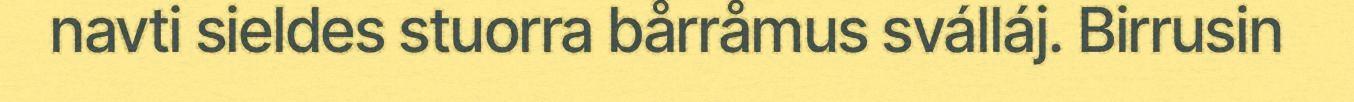
navti sieldes stuorra bårråmus sválláj. Birrusin